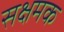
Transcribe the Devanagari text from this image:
सक्षमक